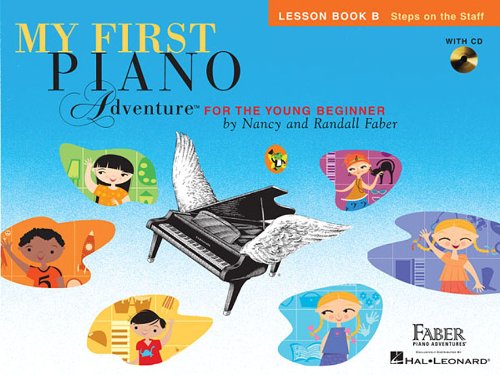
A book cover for My First Piano Adventure, Lesson Book B with CD; Humor & Entertainment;